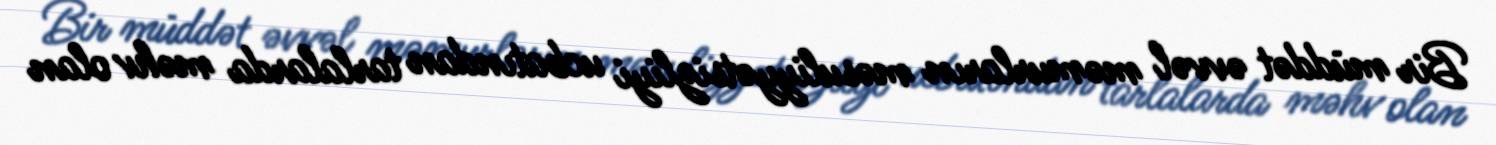
Bir müddət əvvəl məmurların məsuliyyətsizliyi ucbatından tarlalarda məhv olan